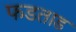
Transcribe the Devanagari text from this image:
फडताड